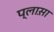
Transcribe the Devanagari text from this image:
प्लास़ा